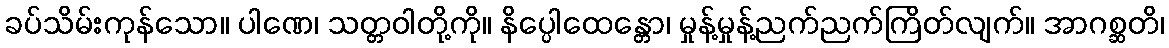
ခပ်သိမ်းကုန်သော။ ပါဏေ၊ သတ္တဝါတို့ကို။ နိပ္ပေါထေန္တော၊ မှုန့်မှုန့်ညက်ညက်ကြိတ်လျက်။ အာဂစ္ဆတိ၊